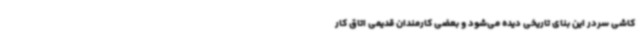
کاشی سردر این بنای تاریخی دیده می‌شود و بعضی کارمندان قدیمی اتاق کار